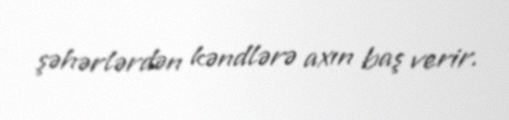
şəhərlərdən kəndlərə axın baş verir.